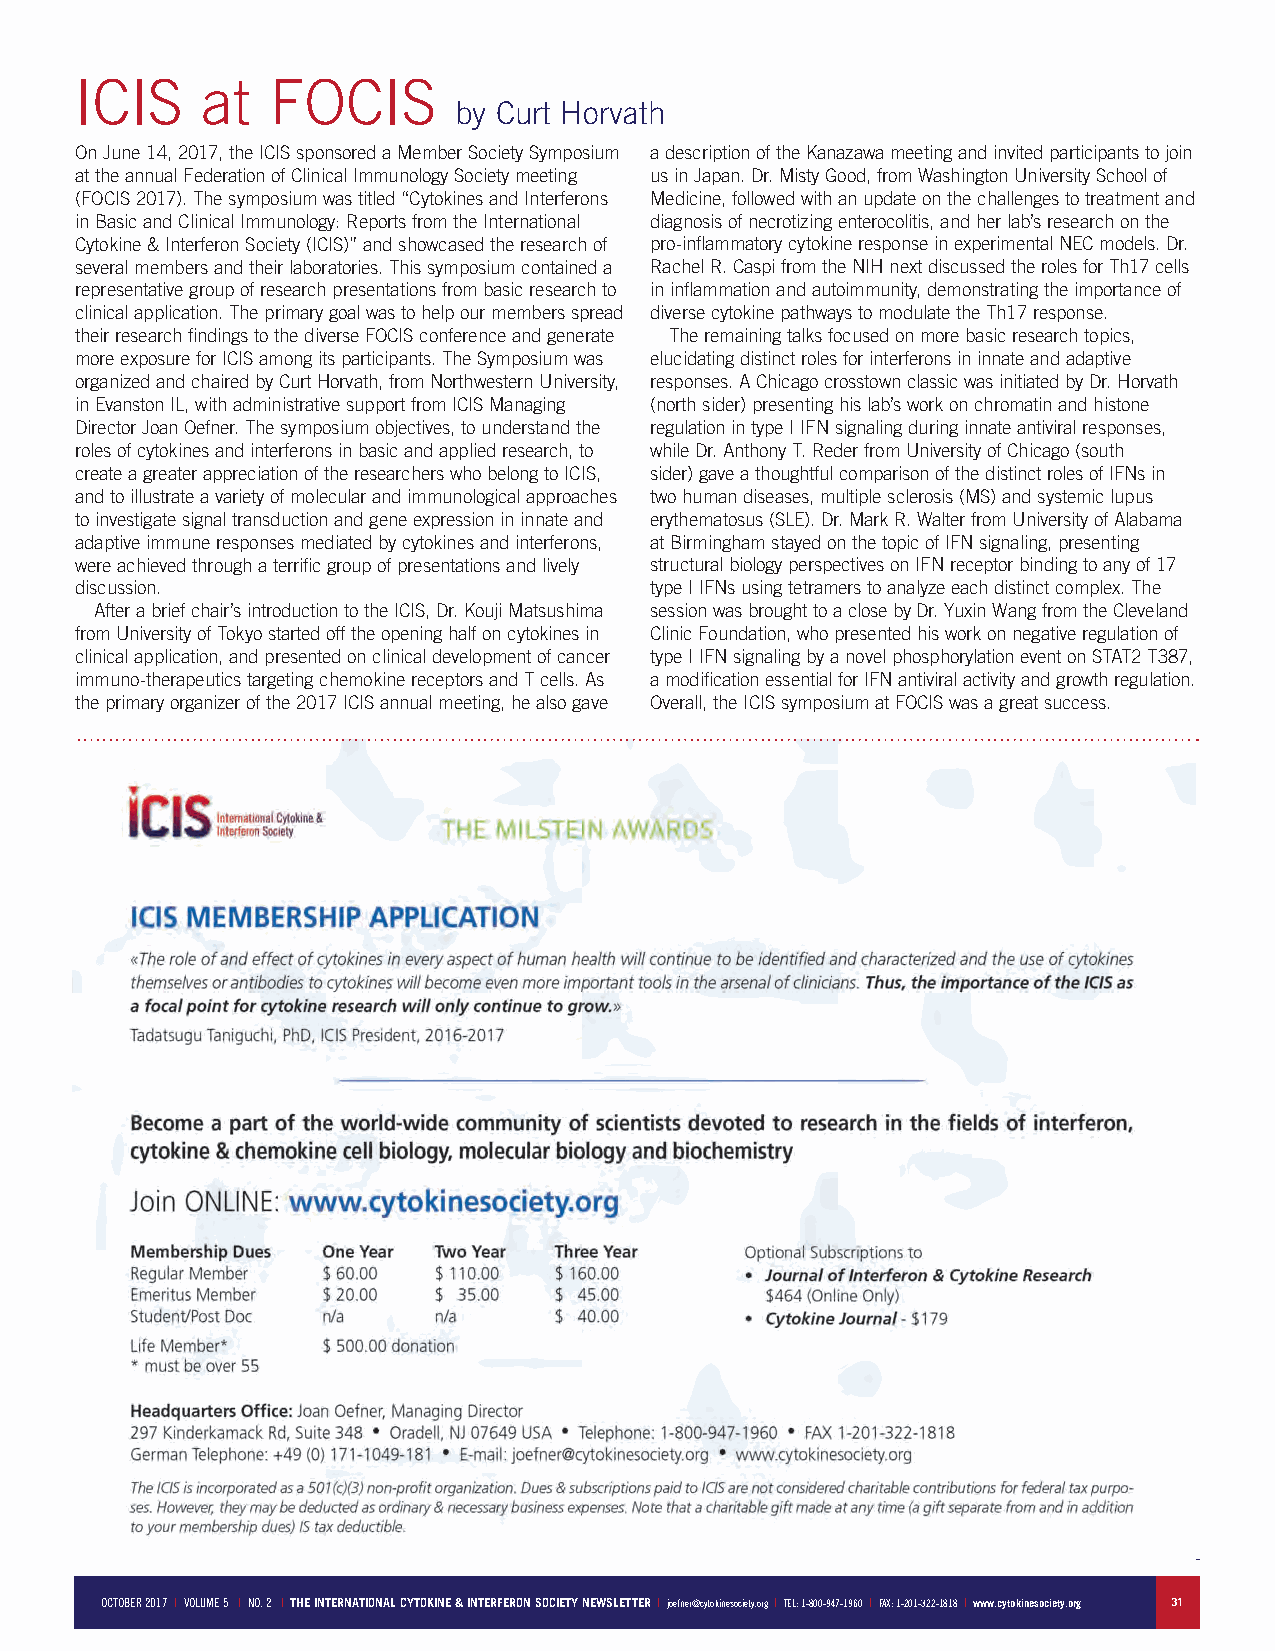
ICIS    at   FOCIS
 by Curt Horvath
 On June 14, 2017, the ICIS sponsored a Member Society Symposium a description of the Kanazawa meeting and invited participants to join
 at the annual Federation of Clinical Immunology Society meeting us in Japan. Dr. Misty Good, from Washington University School of
 (FOCIS 2017). The symposium was titled “Cytokines and Interferons Medicine, followed with an update on the challenges to treatment and
 in Basic and Clinical Immunology: Reports from the International diagnosis of necrotizing enterocolitis, and her lab’s research on the
 Cytokine & Interferon Society (ICIS)” and showcased the research of pro-inflammatory cytokine response in experimental NEC models. Dr.
 several members and their laboratories. This symposium contained a Rachel R. Caspi from the NIH next discussed the roles for Th17 cells
 representative group of research presentations from basic research to in inflammation and autoimmunity, demonstrating the importance of
 clinical application. The primary goal was to help our members spread diverse cytokine pathways to modulate the Th17 response.
 their research findings to the diverse FOCIS conference and generate The remaining talks focused on more basic research topics,
 more exposure for ICIS among its participants. The Symposium was elucidating distinct roles for interferons in innate and adaptive
 organized and chaired by Curt Horvath, from Northwestern University, responses. A Chicago crosstown classic was initiated by Dr. Horvath
 in Evanston IL, with administrative support from ICIS Managing (north sider) presenting his lab’s work on chromatin and histone
 Director Joan Oefner. The symposium objectives, to understand the regulation in type I IFN signaling during innate antiviral responses,
 roles of cytokines and interferons in basic and applied research, to while Dr. Anthony T. Reder from University of Chicago (south
 create a greater appreciation of the researchers who belong to ICIS, sider) gave a thoughtful comparison of the distinct roles of IFNs in
 and to illustrate a variety of molecular and immunological approaches two human diseases, multiple sclerosis (MS) and systemic lupus
 to investigate signal transduction and gene expression in innate and erythematosus (SLE). Dr. Mark R. Walter from University of Alabama
 adaptive immune responses mediated by cytokines and interferons, at Birmingham stayed on the topic of IFN signaling, presenting
 were achieved through a terrific group of presentations and lively structural biology perspectives on IFN receptor binding to any of 17
 discussion.                           type I IFNs using tetramers to analyze each distinct complex. The
 After a brief chair’s introduction to the ICIS, Dr. Kouji Matsushima session was brought to a close by Dr. Yuxin Wang from the Cleveland
 from University of Tokyo started off the opening half on cytokines in Clinic Foundation, who presented his work on negative regulation of
 clinical application, and presented on clinical development of cancer type I IFN signaling by a novel phosphorylation event on STAT2 T387,
 immuno-therapeutics targeting chemokine receptors and T cells. As a modification essential for IFN antiviral activity and growth regulation.
 the primary organizer of the 2017 ICIS annual meeting, he also gave Overall, the ICIS symposium at FOCIS was a great success.
 OCTOBER 2017 I VOLUME 5 I NO. 2 I THE INTERNATIONAL CYTOKINE & INTERFERON SOCIETY NEWSLETTER I joefner@cytokinesociety.org I TEL: 1-800-947-1960 I FAX: 1-201-322-1818 I www.cytokinesociety.org 31